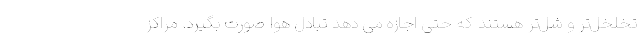
تخلخل‌تر و شل‌تر هستند که حتی اجازه می دهد تبادل هوا صورت بگیرد. مراکز